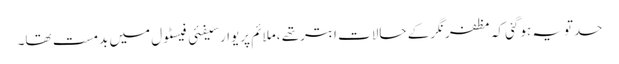
حدتویہ ہوگئی کہ مظفرنگرکے حالات ابترتھے ،ملائم پریوارسیفئی فیسٹول میں بدمست تھا۔